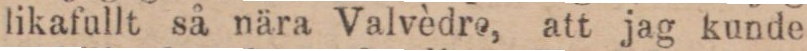
likafullt så nära Valvèdre, att jag kunde